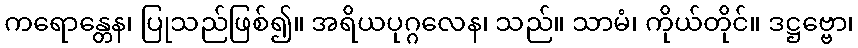
ကရောန္တေန၊ ပြုသည်ဖြစ်၍။ အရိယပုဂ္ဂလေန၊ သည်။ သာမံ၊ ကိုယ်တိုင်။ ဒဋ္ဌဗ္ဗော၊